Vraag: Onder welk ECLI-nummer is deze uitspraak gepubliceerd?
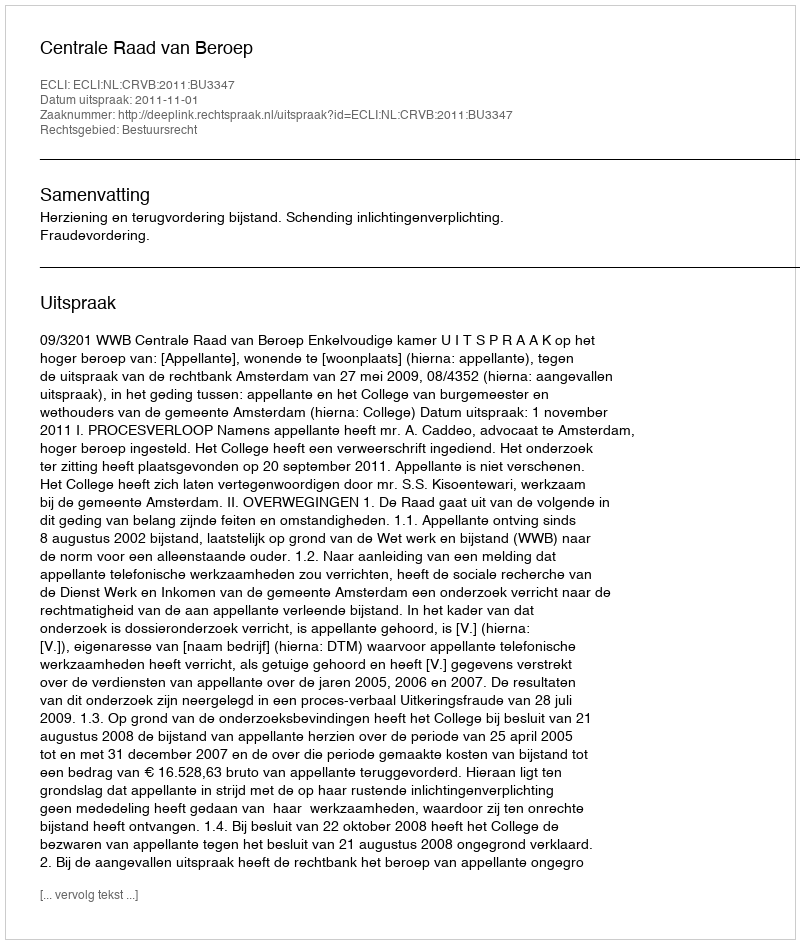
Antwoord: ECLI:NL:CRVB:2011:BU3347